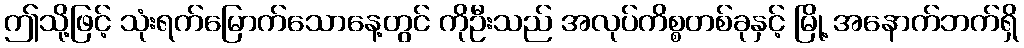
ဤသို့ဖြင့် သုံးရက်မြောက်သောနေ့တွင် ကိုဦးသည် အလုပ်ကိစ္စတစ်ခုနှင့် မြို့ အနောက်ဘက်ရှိ